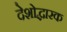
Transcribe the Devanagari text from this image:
देशोद्धारक